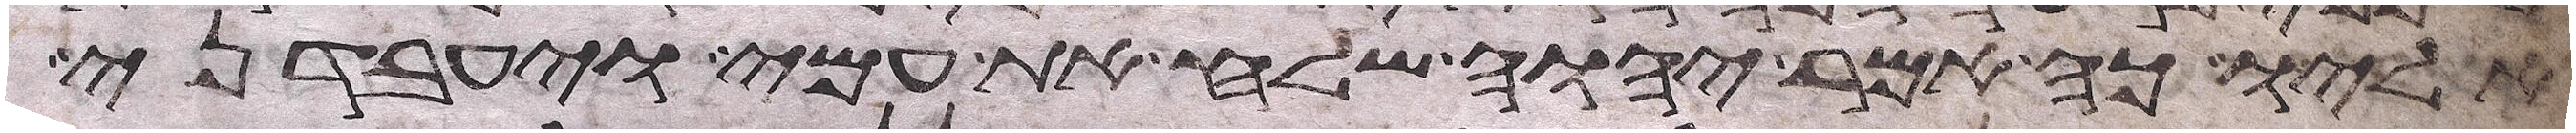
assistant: אליו כה אמר יהוה שלח את עמי ויעבדני